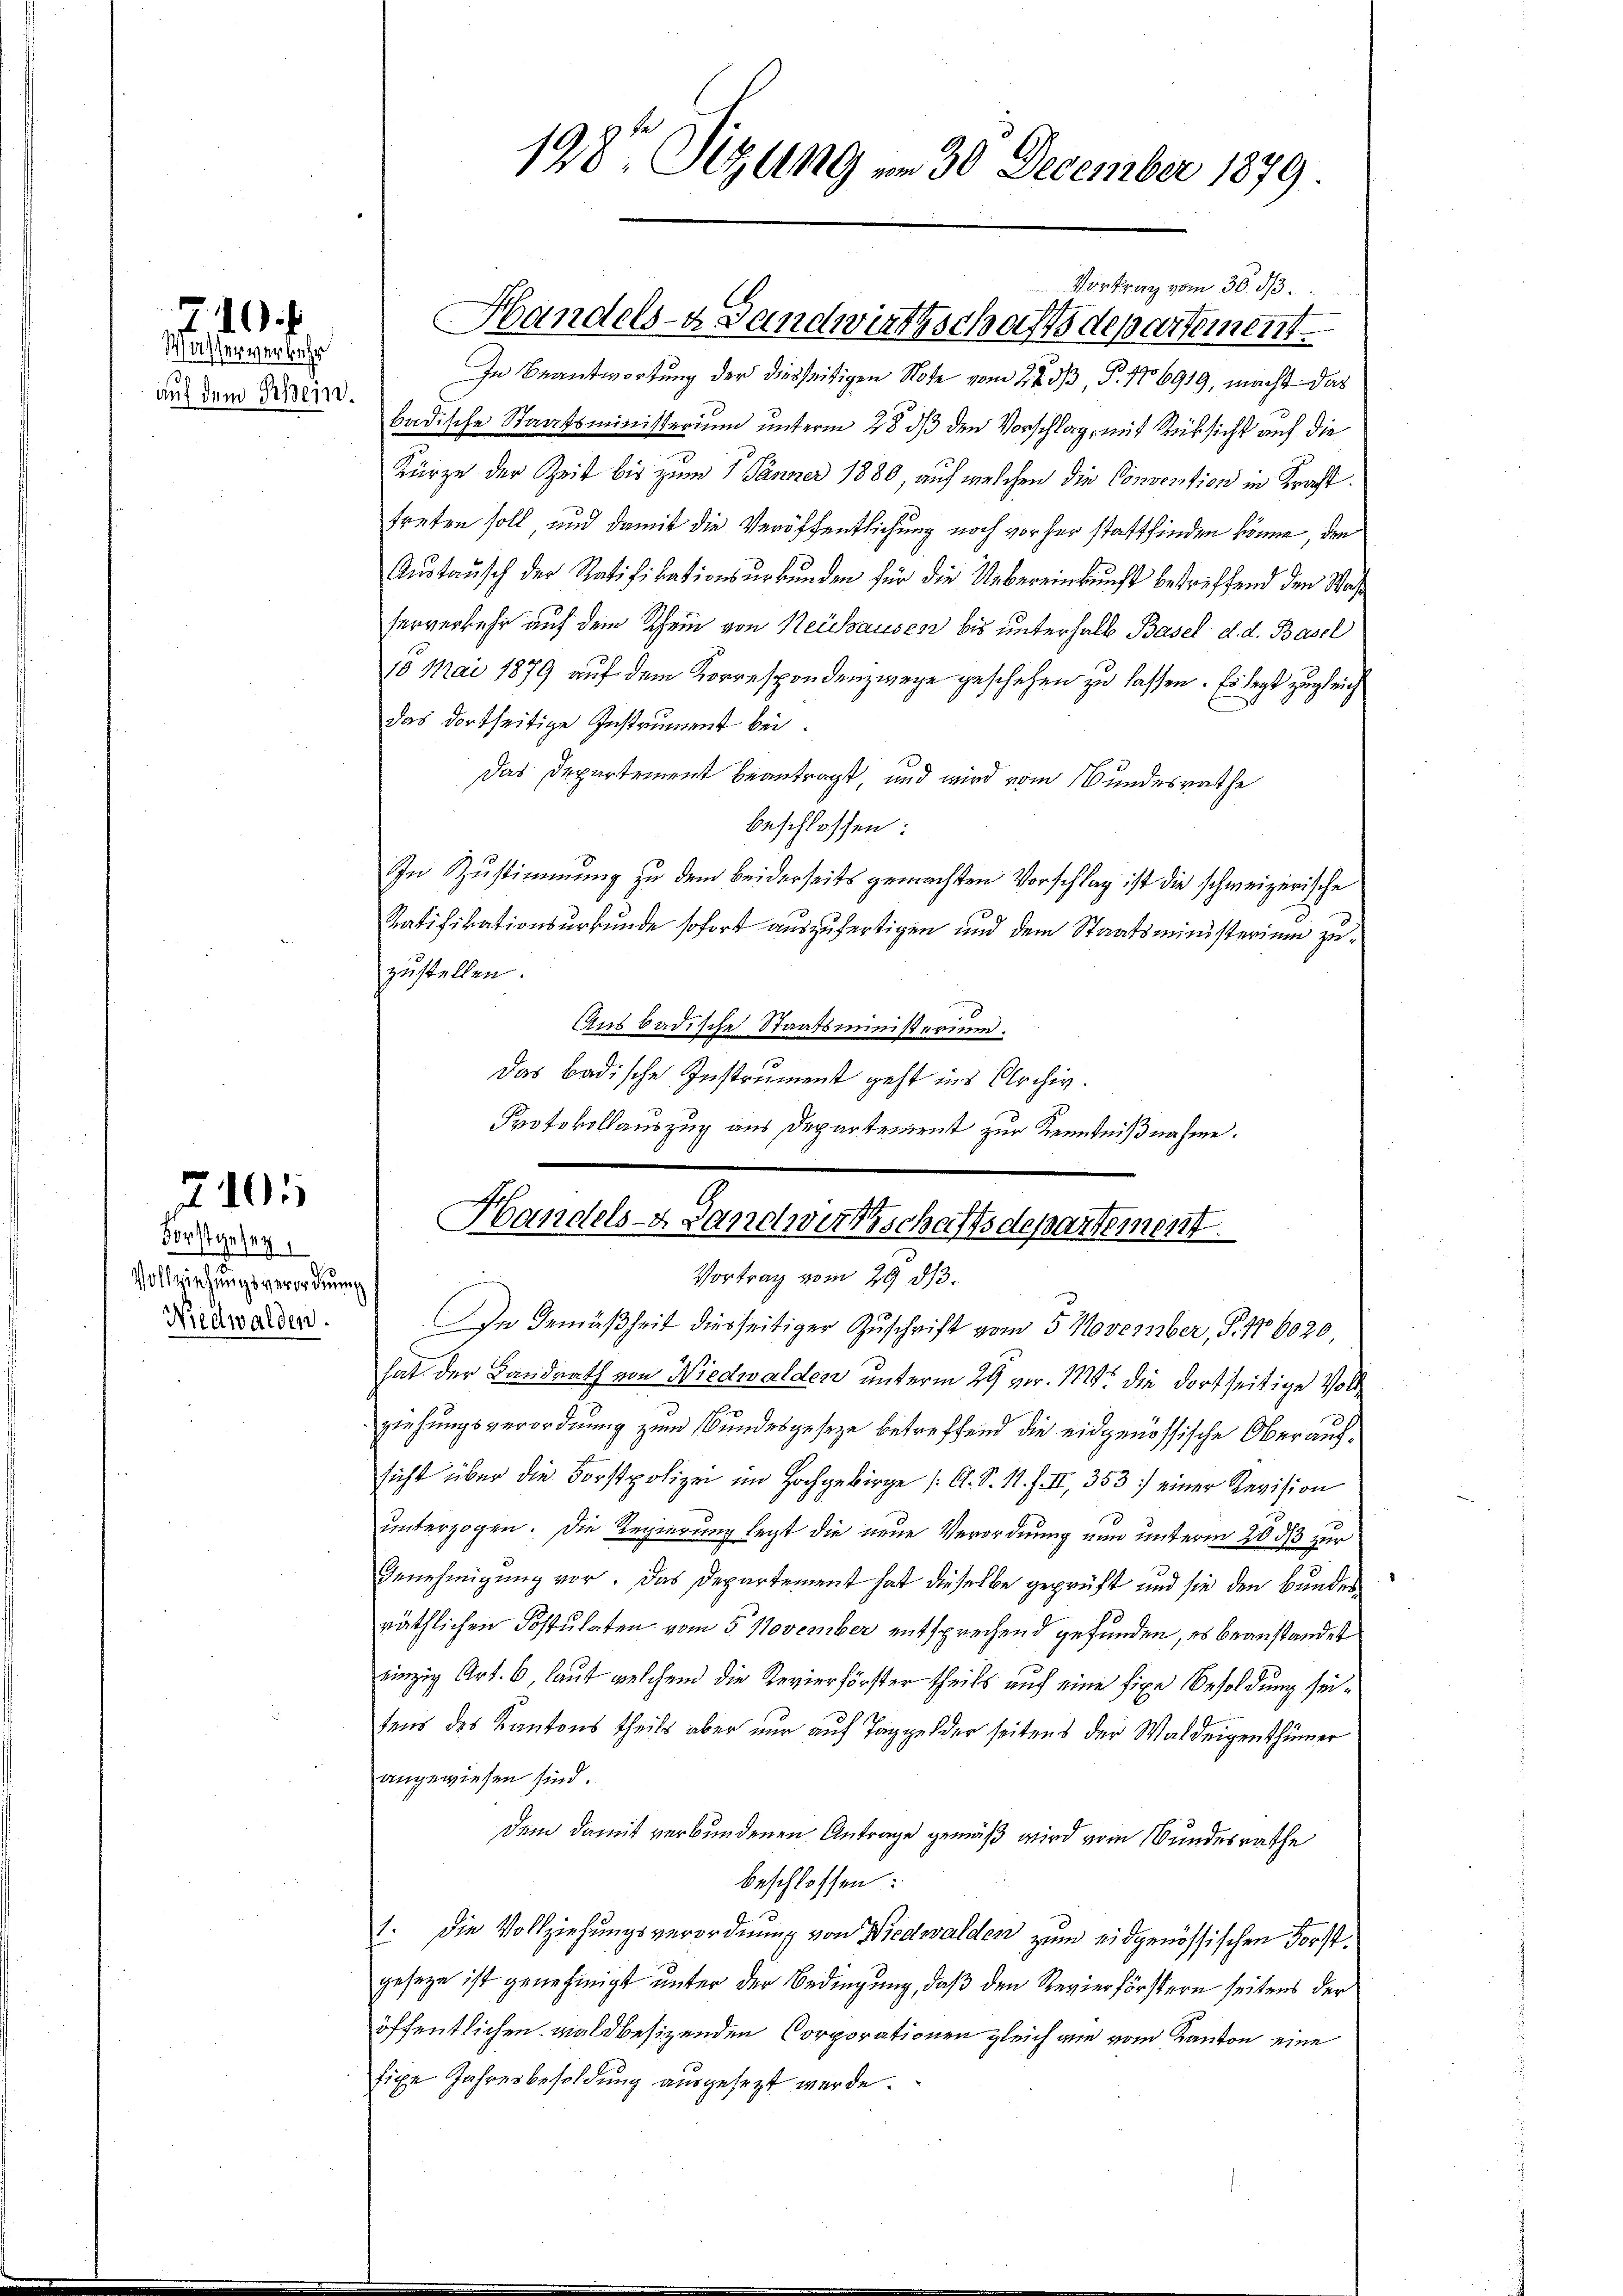
.
710 f.

Wasserverkehr
auf dem Rhein.

Forstgesez
Vollziehungsverordnung
Niedwalden.

2101

badische Staatsministerium unterm 28. ds den Vorschlag, mit Rücksicht auf die
Kürze der Zeit bis zum 1 Jänner 1880, auf welchen die Convention in Kraft.
treten soll und damit die Veröffentlichung noch vorher stattfinden könne, den
Austausch der Ratifikationsurkunden für die Uebereinkunft betreffend den Wasferverkehr auf dem Schein von Neidhausen bis unterhalb Basel d. d. Basel
10 Mai 1879 auf dem Korrespondenzwege geschehen zu lassen. Es legt zugleich
das dortseitige Instrument bei.
Das Departement beantragt, und wird vom Bundesrathe
beschlossen:
In Zustimmung zu dem beiderseits gemachten Vorschlag ist die schweizerische
Ratifikationsurkunde sofort auszufertigen und dem Staatsministerium zuzustellen.
Aus badische Staatsministerium.
Das Badische Instrument geht ins Archiv.
Protokollauszug aus Departement zur Kenntnißnahme.

198. Sitzung am 30 December 1879

Vortrag vom 30. ds.
Handels- Landwirthschaftsdepartement
In Beantwortung der diesseitigen Note vom 22. ds P. 176919, macht das

Handels- & Landwirtschaftsdepartement.

Vortrag vom 29 d/3.
In Gemäßheit diesseitiger Zuschrift vom 5 November, S. 116020.
hat der Landrath von Niedwalden unterm 29 vor. 112 die dortseitige Vollziehungsverordnung zum Bundesgesetze betreffend die eidgenössische Oberaufsicht über die Forstpolizei im Hochgebirge (O. S. 1. f. II., 353. einer Revision
unterzogen. Die Regierung legt die neue Verordnung nun unterm 203/3 zur
Genehmigung vor. Das Departement hat dieselbe geprüft und sie den Bundesräthlichen Postulaten vom 5 November entsprechend gefunden, es beanstandet
einzig Art. 6, laut welchen die Revierförster theils auf eine fixe Besoldung seitens des Kantons theils aber nur auf Taggelder seitens der Waldeigenthümer
angewiesen sind.
dem damit verbundenen Antrage gemäß wird vom Bundesrathe
beschlossen:
1. Die Vollziehungsverordnung von Niedwalden zum eidgenössischen Forstgeseze ist genehmigt unter der Bedingung, daß den Revierförstern seitens der
öffentlichen waldbesizenden Corporationen gleich wie vom Kanton eine
fige Jahresbesoldung ausgesezt werde.